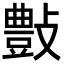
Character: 𣀂